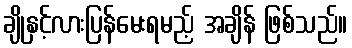
ချိုနှင့်လားပြန်မေးရမည့် အချိန် ဖြစ်သည်။